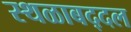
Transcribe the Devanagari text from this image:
स्थळाबद्दल